Problem: 10 × 5 = ?
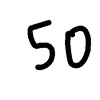
Handwritten answer: 50